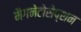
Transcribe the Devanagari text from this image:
मैगनेटोसेप्शन